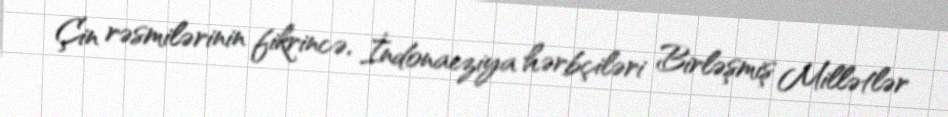
Çin rəsmilərinin fikrincə, İndonaeziya hərbçiləri Birləşmiş Millətlər